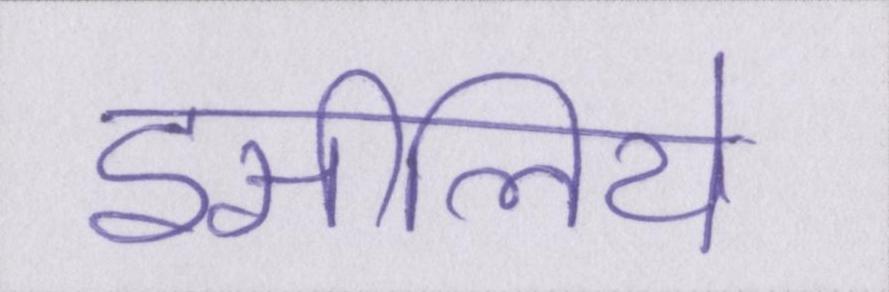
इसीलिये